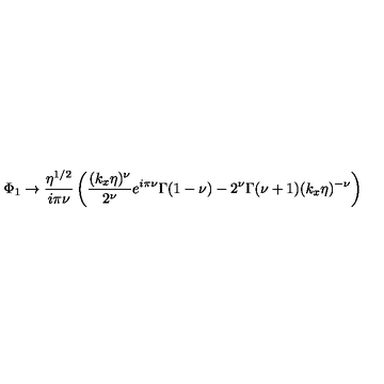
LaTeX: \Phi _ { 1 } \rightarrow \frac { \eta ^ { 1 / 2 } } { i \pi \nu } \left( \frac { ( k _ { x } \eta ) ^ { \nu } } { 2 ^ { \nu } } e ^ { i \pi \nu } \Gamma ( 1 - \nu ) - 2 ^ { \nu } \Gamma ( \nu + 1 ) ( k _ { x } \eta ) ^ { - \nu } \right)